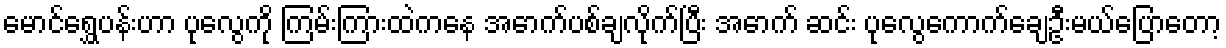
မောင်ရွှေပန်းဟာ ပုလွေကို ကြမ်းကြားထဲကနေ အောက်ပစ်ချလိုက်ပြီး အောက် ဆင်း ပုလွေကောက်ချေဦးမယ်ပြောတော့